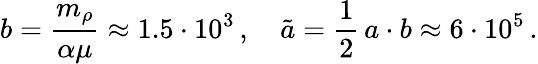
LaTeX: b=\frac{m_{\rho}}{\alpha\mu}\approx 1.5\cdot 10^{3}\, ,\quad\tilde{a}=\frac{1}{2}\, a\cdot b\approx 6\cdot 10^{5}\, .